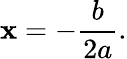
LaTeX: \mathbf{x}=-{\frac{{b}}{{2a}}}.